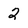
Character: 2